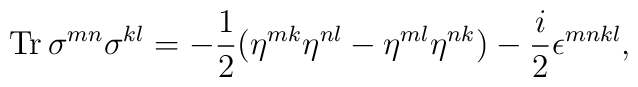
{\rm Tr}\,\sigma^{mn}\sigma^{kl}=-\frac 12(\eta^{mk}\eta^{nl}-\eta^{ml}\eta^{nk})-\frac i2\epsilon^{mnkl},